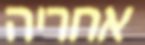
אחריה